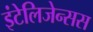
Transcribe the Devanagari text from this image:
इंटेलिजेन्सस